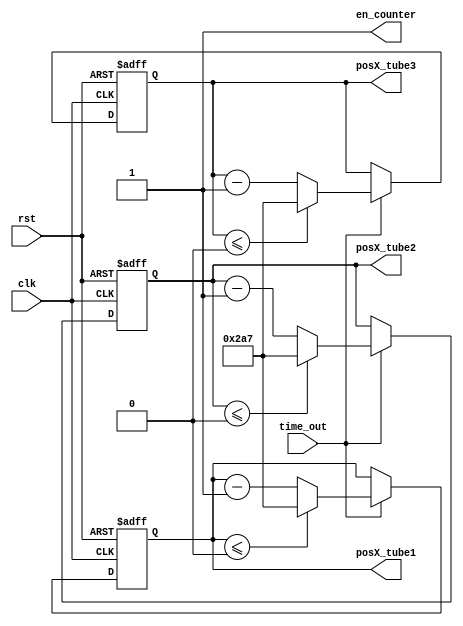
`timescale 1ns / 1ps
//////////////////////////////////////////////////////////////////////////////////
// Company: 
// Engineer: 
// 
// Design Name: 
// Module Name:    tubery_array 
// Project Name: 
// Target Devices: 
// Tool versions: 
// Description: 
//
// Dependencies: 
//
// Revision: 
// Revision 0.01 - File Created
// Additional Comments: 
//
//////////////////////////////////////////////////////////////////////////////////
module tubery_array(
	input clk,
	input rst,
	input time_out,
	output en_counter,
	output [9:0] posX_tube1,
	output [9:0] posX_tube2,
	output [9:0] posX_tube3
    );

assign en_counter = 1;

reg[9:0] temp_posX_tube_1;
reg[9:0] temp_posX_tube_2;
reg[9:0] temp_posX_tube_3;

always @(posedge clk or negedge rst) begin
	if(!rst) begin
		temp_posX_tube_1 <= 100;
		temp_posX_tube_2 <= 320;
		temp_posX_tube_3 <= 540;
	end else if(time_out) begin 
		temp_posX_tube_1 <= temp_posX_tube_1 - 1;
		temp_posX_tube_2 <= temp_posX_tube_2 - 1;
		temp_posX_tube_3 <= temp_posX_tube_3 - 1;
		if(temp_posX_tube_1 <= 0) 	temp_posX_tube_1 <= 679;
		if(temp_posX_tube_2 <= 0) 	temp_posX_tube_2 <= 679;
		if(temp_posX_tube_3 <= 0) 	temp_posX_tube_3 <= 679;
	end
end


assign posX_tube1 = temp_posX_tube_1;
assign posX_tube2 = temp_posX_tube_2;
assign posX_tube3 = temp_posX_tube_3;

endmodule